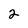
Character: 2